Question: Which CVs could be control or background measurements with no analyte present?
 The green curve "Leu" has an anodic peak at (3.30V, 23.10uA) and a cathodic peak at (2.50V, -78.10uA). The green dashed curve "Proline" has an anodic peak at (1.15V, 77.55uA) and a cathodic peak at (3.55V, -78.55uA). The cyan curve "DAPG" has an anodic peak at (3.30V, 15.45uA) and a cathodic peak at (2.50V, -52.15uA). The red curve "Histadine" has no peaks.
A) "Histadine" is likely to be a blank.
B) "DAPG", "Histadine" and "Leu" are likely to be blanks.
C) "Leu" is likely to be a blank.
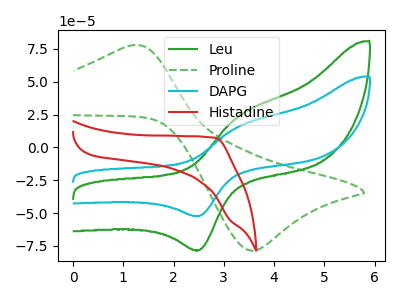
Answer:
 <answer>A) "Histadine" is likely to be a blank.</answer>
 <eval>A</eval>